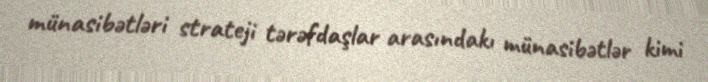
münasibətləri strateji tərəfdaşlar arasındakı münasibətlər kimi